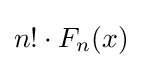
n!\cdot F_{n}(x)